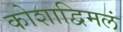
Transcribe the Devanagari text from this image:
कोशाद्विमलं